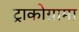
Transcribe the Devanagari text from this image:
ट्राकोग्रामा